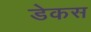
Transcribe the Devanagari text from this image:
डेकस